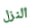
النزل